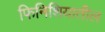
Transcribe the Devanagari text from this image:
फिनिशियातील